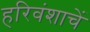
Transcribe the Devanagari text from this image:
हरिवंशाचें